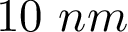
1 0 ~ n m